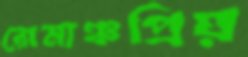
রোমাঞ্চপ্রিয়